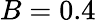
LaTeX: B=0.4